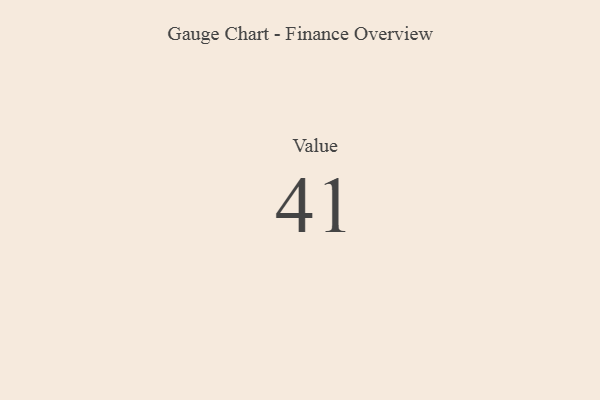
{"axis": {"x": "Metric", "y": "Value"}, "legend": [""], "data": [{"x": "Value", "y": 41, "type": ""}]}